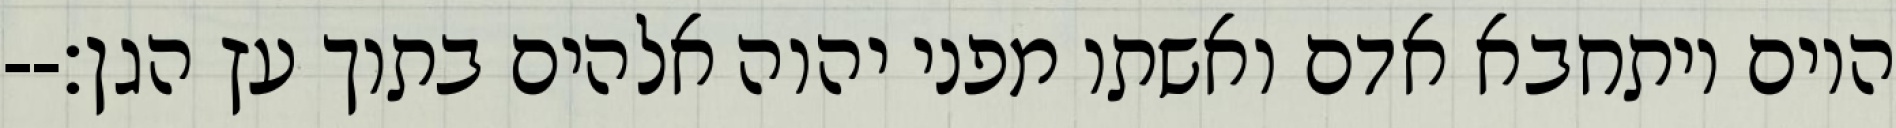
היום ויתחבא אדם ואשתו מפני יהוה אלהים בתוך עץ הגן׃--